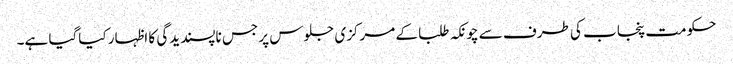
حکومت پنجاب کی طرف سے چونکہ طلبا کے مرکزی جلوس پر جس ناپسندیدگی کا اظہار کیاگیا ہے۔